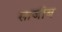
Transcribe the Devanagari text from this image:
साजीब